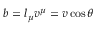
b = l _ { \mu } v ^ { \mu } = v \cos \theta